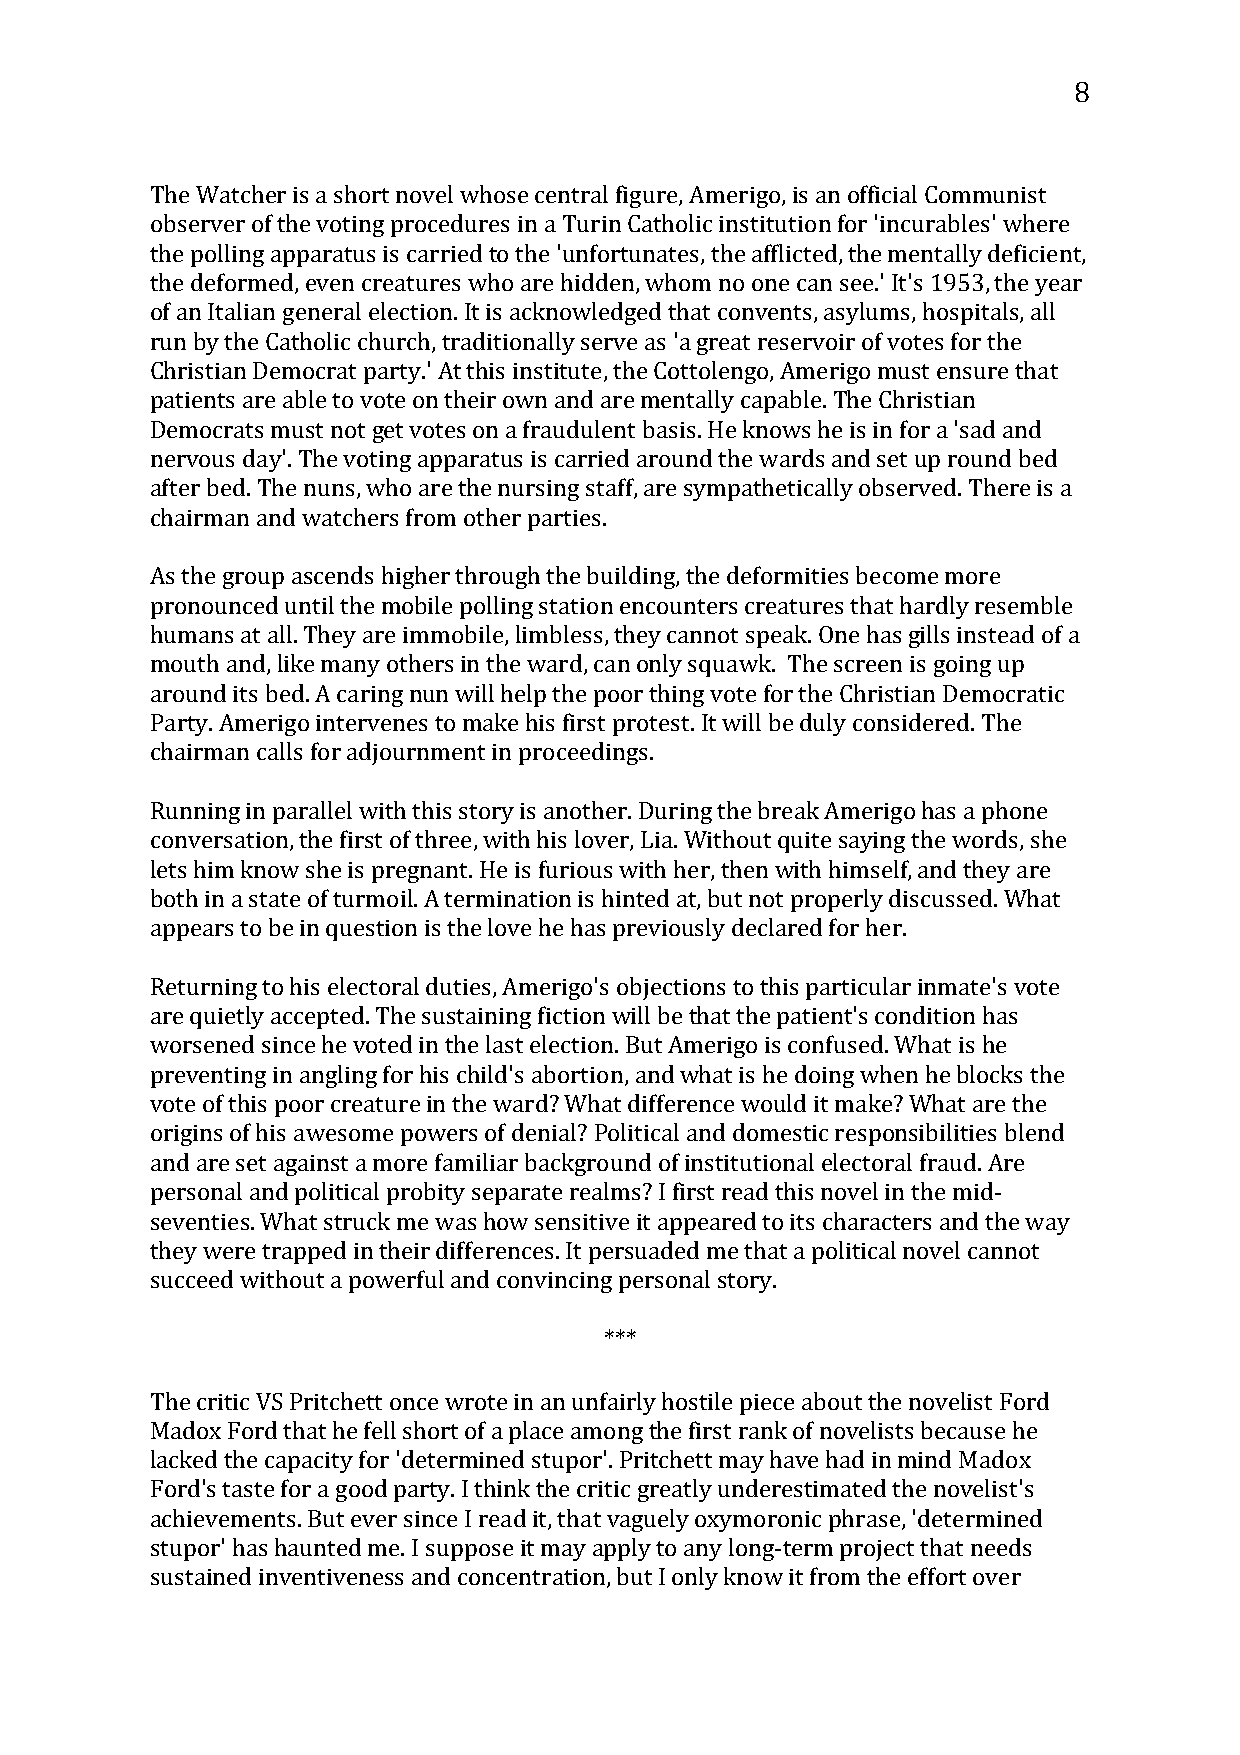
8
 The Watcher is a short novel whose central figure, Amerigo, is an official Communist
 observer of the voting procedures in a Turin Catholic institution for 'incurables' where
 the polling apparatus is carried to the 'unfortunates, the afflicted, the mentally deficient,
 the deformed, even creatures who are hidden, whom no one can see.' It's 1953, the year
 of an Italian general election. It is acknowledged that convents, asylums, hospitals, all
 run by the Catholic church, traditionally serve as 'a great reservoir of votes for the
 Christian Democrat party.' At this institute, the Cottolengo, Amerigo must ensure that
 patients are able to vote on their own and are mentally capable. The Christian
 Democrats must not get votes on a fraudulent basis. He knows he is in for a 'sad and
 nervous day'. The voting apparatus is carried around the wards and set up round bed
 after bed. The nuns, who are the nursing staff, are sympathetically observed. There is a
 chairman and watchers from other parties.
 As the group ascends higher through the building, the deformities become more
 pronounced until the mobile polling station encounters creatures that hardly resemble
 humans at all. They are immobile, limbless, they cannot speak. One has gills instead of a
 mouth and, like many others in the ward, can only squawk. The screen is going up
 around its bed. A caring nun will help the poor thing vote for the Christian Democratic
 Party. Amerigo intervenes to make his first protest. It will be duly considered. The
 chairman calls for adjournment in proceedings.
 Running in parallel with this story is another. During the break Amerigo has a phone
 conversation, the first of three, with his lover, Lia. Without quite saying the words, she
 lets him know she is pregnant. He is furious with her, then with himself, and they are
 both in a state of turmoil. A termination is hinted at, but not properly discussed. What
 appears to be in question is the love he has previously declared for her.
 Returning to his electoral duties, Amerigo's objections to this particular inmate's vote
 are quietly accepted. The sustaining fiction will be that the patient's condition has
 worsened since he voted in the last election. But Amerigo is confused. What is he
 preventing in angling for his child's abortion, and what is he doing when he blocks the
 vote of this poor creature in the ward? What difference would it make? What are the
 origins of his awesome powers of denial? Political and domestic responsibilities blend
 and are set against a more familiar background of institutional electoral fraud. Are
 personal and political probity separate realms? I first read this novel in the mid-
 seventies. What struck me was how sensitive it appeared to its characters and the way
 they were trapped in their differences. It persuaded me that a political novel cannot
 succeed without a powerful and convincing personal story.
 ***
 The critic VS Pritchett once wrote in an unfairly hostile piece about the novelist Ford
 Madox Ford that he fell short of a place among the first rank of novelists because he
 lacked the capacity for 'determined stupor'. Pritchett may have had in mind Madox
 Ford's taste for a good party. I think the critic greatly underestimated the novelist's
 achievements. But ever since I read it, that vaguely oxymoronic phrase, 'determined
 stupor' has haunted me. I suppose it may apply to any long-term project that needs
 sustained inventiveness and concentration, but I only know it from the effort over